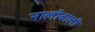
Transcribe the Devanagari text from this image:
नालीवाली